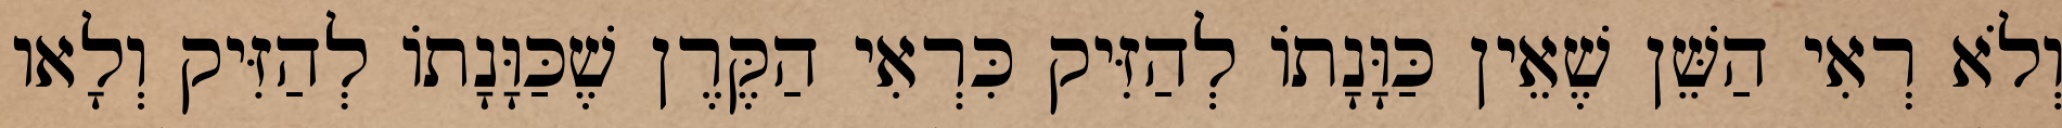
וְלֹא רְאִי הַשֵּׁן שֶׁאֵין כַּוָּנָתוֹ לְהַזִּיק כִּרְאִי הַקֶּרֶן שֶׁכַּוָּנָתוֹ לְהַזִּיק וְלָאו